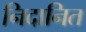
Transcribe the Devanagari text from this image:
निदानित